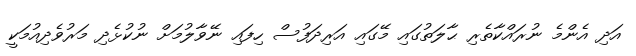
އަދި އެންމެ ނުރައްކާތެރި ޙާލަތުގައި މޭގައި އަރިދަފުސް ހިފައި ނޭވާލުމަށް ނުކުޅެދި މަރުވެދިއުމަކީ